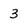
Character: 3